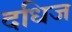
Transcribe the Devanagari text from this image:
दधिज